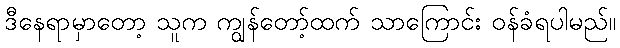
ဒီနေရာမှာတော့ သူက ကျွန်တော့်ထက် သာကြောင်း ဝန်ခံရပါမည်။